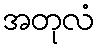
အတုလံ